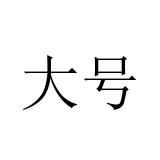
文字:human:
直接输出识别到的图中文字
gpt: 大号